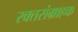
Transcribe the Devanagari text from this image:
रक्तसंग्राहक